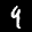
Label: 4